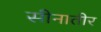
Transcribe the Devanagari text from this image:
सीनातीर